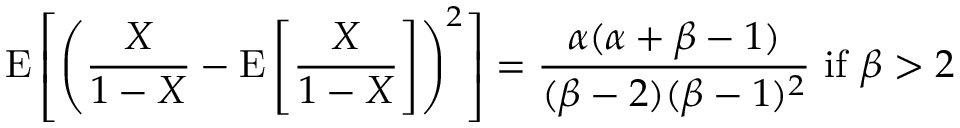
\operatorname { E } \left[ \left( { \frac { X } { 1 - X } } - \operatorname { E } \left[ { \frac { X } { 1 - X } } \right] \right) ^ { 2 } \right] = { \frac { \alpha ( \alpha + \beta - 1 ) } { ( \beta - 2 ) ( \beta - 1 ) ^ { 2 } } } { \mathrm { ~ i f ~ } } \beta > 2